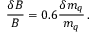
\frac { \delta B } { B } = 0 . 6 \frac { \delta m _ { q } } { m _ { q } } \, .